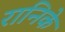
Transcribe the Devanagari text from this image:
रानिके